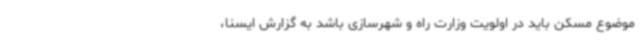
موضوع مسکن باید در اولویت وزارت راه و شهرسازی باشد به گزارش ایسنا،